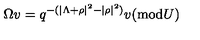
\Omega v = q ^ { - ( | \Lambda + \rho | ^ { 2 } - | \rho | ^ { 2 } ) } v ( \mathrm { m o d } U )